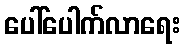
ပေါ်ပေါက်လာရေး